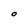
Character: O